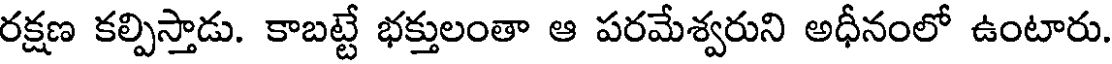
రక్షణ కల్పిస్తాడు. కాబట్టే భక్తులంతా ఆ పరమేశ్వరుని అధీనంలో ఉంటారు.